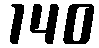
140